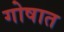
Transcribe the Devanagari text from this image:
गोषात